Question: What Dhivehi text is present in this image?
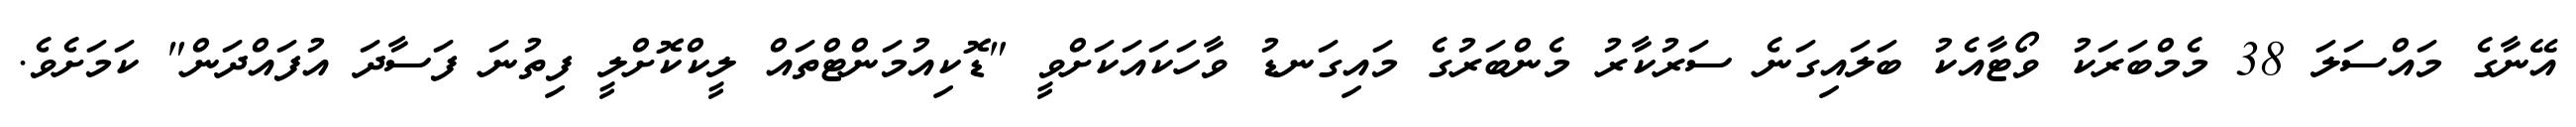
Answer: އޭނާގެ މައްސަލަ 38 މެމްބަރަކު ވޯޓާއެކު ބަލައިގަނެ ސަރުކާރު މެންބަރުގެ މައިގަނޑު ވާހަކައަކަށްވީ "ޑޮކިއުމަންޓްތައް ލީކްކޮށްލީ ފިތުނަ ފަސާދަ އުފައްދަން" ކަމަށެވެ.